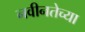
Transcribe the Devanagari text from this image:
नवीनतेच्या